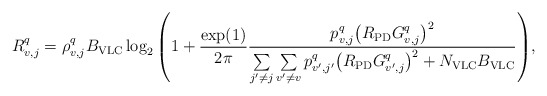
\begin{align*}R_{v,j}^q={ \rho_{v,j}^q B_{\rm VLC} \log_2 \left({ 1 + {\frac{\exp(1)}{2\pi}} \frac{p_{v,j}^{q} {\left( {{R_{\rm{PD}}}{G_{v,j}^{q}}} \right)}^2} {\sum\limits_{j'\ne j} {\sum\limits_{v'\ne v} p_{v',j'}^{q} {\left( {{R_{\rm{PD}}}{G_{v',j}^{q}}} \right)}^2 } + N_{\rm VLC}B_{\rm VLC}} } \right)},\end{align*}